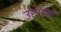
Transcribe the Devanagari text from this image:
उरगमों